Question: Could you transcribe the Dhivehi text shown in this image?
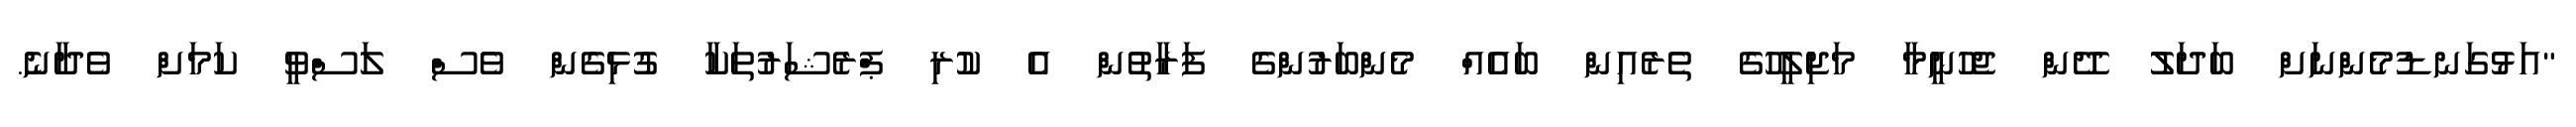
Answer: "އަޅުގަނޑުމެންނަށް ބަދަލު ދޭން ޖެހުނީމާ މަޖިލީހުގެ ތެރެއިން ބައެއް މެންބަރުންގެ ފަރާތުން އެ ކުރި ޕްރެޝަރުތަކާ ގުޅިގެން ވެސް ލަސްވީ ކަމަށް ވެދާނެ.